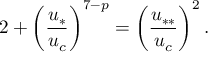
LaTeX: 2 + \left( \frac { u _ { * } } { u _ { c } } \right) ^ { 7 - p } = \left( \frac { u _ { * * } } { u _ { c } } \right) ^ { 2 } .